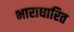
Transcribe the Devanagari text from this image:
भाराधारित